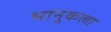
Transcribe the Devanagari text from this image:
भानुकला